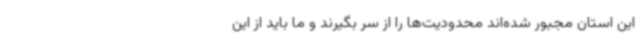
این استان مجبور شده‌اند محدودیت‌ها را از سر بگیرند و ما باید از این